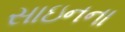
સાઇનના